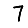
Digit: 7